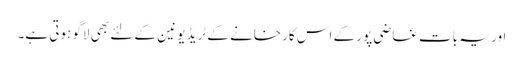
اور یہ بات غاضی پور کے اس کارخانے کے ٹریڈ یونین کے لئے بھی لاگو ہوتی ہے۔